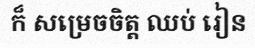
ក៏ សម្រេចចិត្ត ឈប់ រៀន